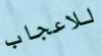
للاعجاب